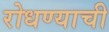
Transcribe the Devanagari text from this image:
रोधण्याची